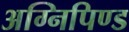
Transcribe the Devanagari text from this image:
अग्निपिण्ड